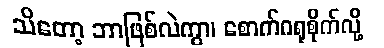
သိတော့ ဘာဖြစ်လဲကွာ၊ စောက်ဂရုစိုက်လို့